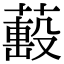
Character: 𦼷